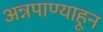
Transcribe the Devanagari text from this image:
अन्नपाण्याहून